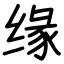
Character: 缘